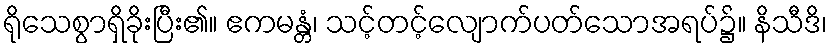
ရိုသေစွာရှိခိုးပြီး၏။ ဧကမန္တံ၊ သင့်တင့်လျောက်ပတ်သောအရပ်၌။ နိသီဒိ၊